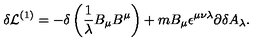
\delta { \cal L } ^ { ( 1 ) } = - \delta \left( \frac { 1 } { \lambda } B _ { \mu } B ^ { \mu } \right) + m B _ { \mu } \epsilon ^ { \mu \nu \lambda } \partial \delta A _ { \lambda } .